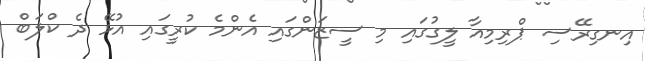
އިނގިރޭސި ޕްރިމިއާ ލީގުގައި މި ސީޒަންގައި އެންމެ ކުރީގައި އުޅޭ ދެ ކްލަބް